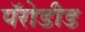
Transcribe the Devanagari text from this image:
पॅरोडीड